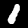
Label: 1